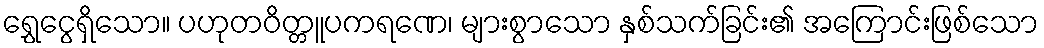
ရွှေငွေရှိသော။ ပဟုတဝိတ္တူပကရဏေ၊ များစွာသော နှစ်သက်ခြင်း၏ အကြောင်းဖြစ်သော